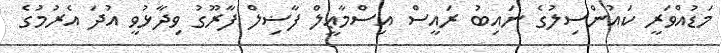
މަޑުއްވަރީ ކައުންސިލުގެ ނައިބު ރައީސް އިސްމާޢީލް ފާޟިލް ފާރޫގު ވިދާޅުވީ އުދަ އެރުމުގެ